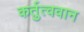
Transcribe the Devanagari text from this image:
कर्तुत्ववान